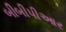
બીબીપીઆર